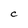
Character: C